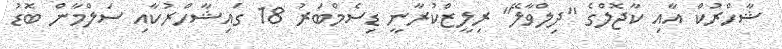
ޝާހްރުކް އާއި ކާޖޮލްގެ "ދިލްވާލޭ" ރިލީޒްކުރާނީ ޑިސެމްބަރު 18 ގައިޝާހްރުކާއި ސަލްމާން ބޮޑު